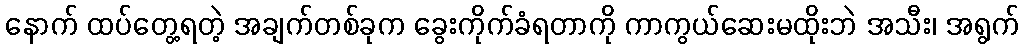
နောက် ထပ်တွေ့ရတဲ့ အချက်တစ်ခုက ခွေးကိုက်ခံရတာကို ကာကွယ်ဆေးမထိုးဘဲ အသီး၊ အရွက်